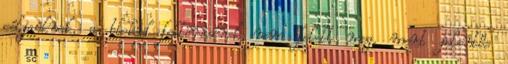
céljaiknak, a blokád feltörésének nem felelt meg, mert jelentős